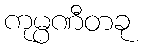
ကုမ္ပဏီတခု